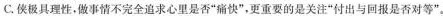
C.极具理性，做事情不完全追求心里是否”痛快”，更重要的是关注”付出与回报是否对等”。